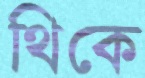
থিকে